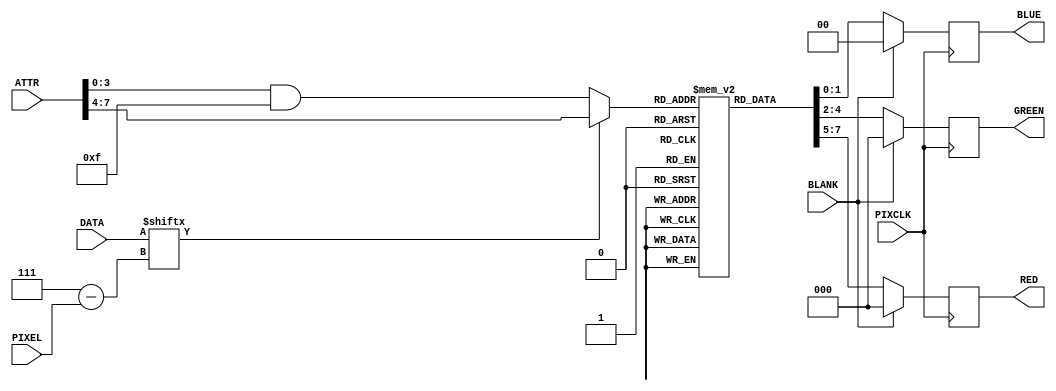
`timescale 1ns / 1ps
module char_video_out(
    input PIXCLK,
    input [7:0] DATA,
    input [7:0] ATTR,
    input [2:0] PIXEL,
    input BLANK,
    output reg [2:0] RED,
    output reg [2:0] GREEN,
    output reg [1:0] BLUE
    );

reg [7:0] clut [15:0];
initial
begin
	clut[0] = 8'b000_000_00;
	clut[1] = 8'b000_000_10;
	clut[2] = 8'b101_000_00;
	clut[3] = 8'b101_000_10;
	clut[4] = 8'b000_101_00;
	clut[5] = 8'b000_101_10;
	clut[6] = 8'b101_101_00;
	clut[7] = 8'b101_101_10;
	clut[8] = 8'b010_010_01;
	clut[9] = 8'b000_000_11;
	clut[10] = 8'b111_000_00;
	clut[11] = 8'b111_000_11;
	clut[12] = 8'b000_111_00;
	clut[13] = 8'b000_111_11;
	clut[14] = 8'b111_111_00;
	clut[15] = 8'b111_111_11;
end

wire char_bit;
assign char_bit = DATA[7-PIXEL];
wire [3:0] clu;
assign clu = char_bit ? ATTR >> 4 : ATTR & 8'b1111;

always @(posedge PIXCLK)
begin

	if (BLANK)
		begin
			RED <= 0;
			GREEN <= 0;
			BLUE <= 0;
		end
	else
		begin
			RED   <= { clut[clu][7:5] };
			GREEN <= { clut[clu][4:2] };
			BLUE  <= { clut[clu][1:0] };
		end
end

endmodule